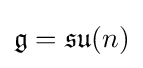
{\mathfrak {g}}={\mathfrak {su}}(n)